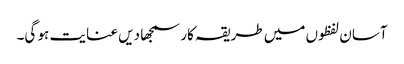
آسان لفظوں میں طریقہ کار سمجھا دیں عنایت ہو گی۔